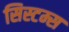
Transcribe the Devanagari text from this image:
सिस्टम्स